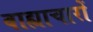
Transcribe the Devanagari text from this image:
वाह्याचारों